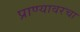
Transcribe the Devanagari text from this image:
प्राण्यावरचा